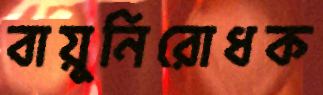
বায়ুনিরোধক